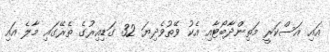
އައި އަސްކަރީ މަތިންދާބޯޓާއި އެކު ވޭތުވެދިޔަ 32 ގަޑިއިރުގެ ތެރޭގައި މާލެ އައި